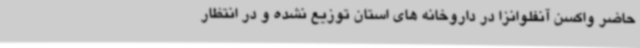
حاضر واکسن آنفلوانزا در داروخانه های استان توزیع نشده و در انتظار